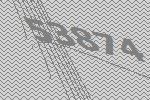
53874